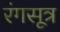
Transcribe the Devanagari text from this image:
रंगसूत्र